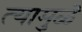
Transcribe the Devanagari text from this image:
त्यामुळॆ